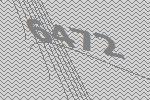
6472